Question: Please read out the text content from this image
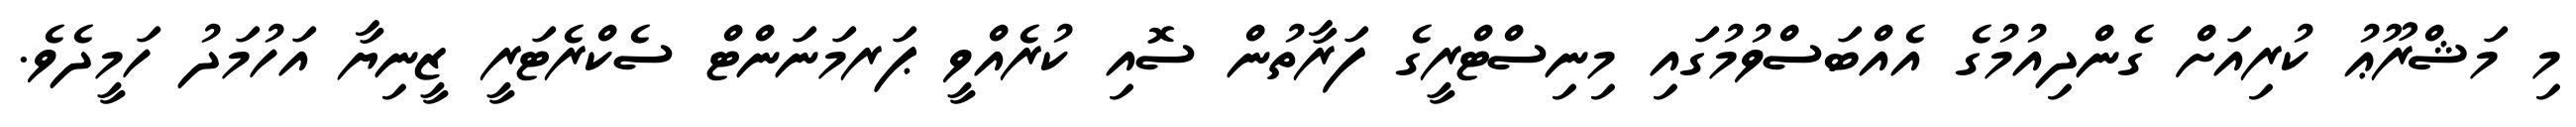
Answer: މި މަޝްރޫޢު ކުރިއަށް ގެންދިއުމުގެ އެއްބަސްވުމުގައި މިނިސްޓްރީގެ ފަރާތުން ސޮއި ކުރެއްވީ ޕަރމަނަންޓް ސެކްރެޓަރީ ޒީނިޔާ އަހުމަދު ހަމީދެވެ.